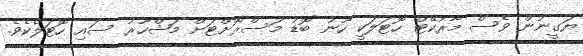
ޔަގީނުން ވެސް މާރުކޭޓް ހޮޓަލަކީ ހޫނު ބޮޑު މަސްރޮށްޓަށް މަޝްހޫރު ސައި ހޮޓަލެކެވެ.